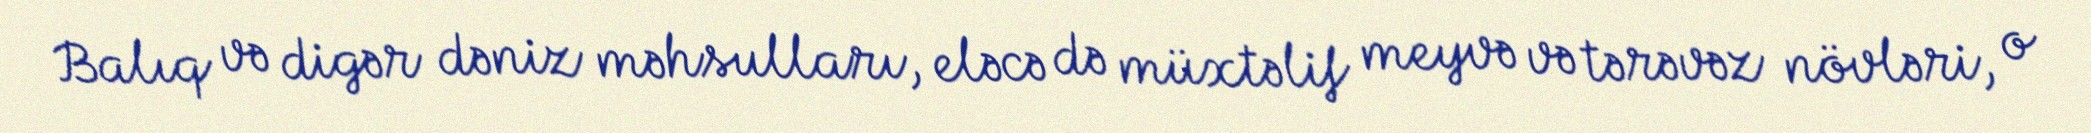
Balıq və digər dəniz məhsulları, eləcə də müxtəlif meyvə və tərəvəz növləri, o